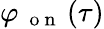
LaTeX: \varphi_{\mathrm{~\mathrm{~o~n~}~}}(\tau)